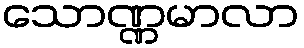
သောဏ္ဏမာလာ